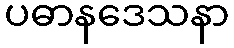
ပဓာနဒေသနာ